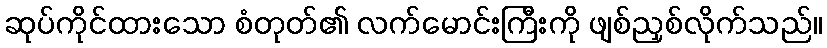
ဆုပ်ကိုင်ထားသော စံတုတ်၏ လက်မောင်းကြီးကို ဖျစ်ညှစ်လိုက်သည်။